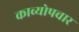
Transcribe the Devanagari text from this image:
काव्योपचार